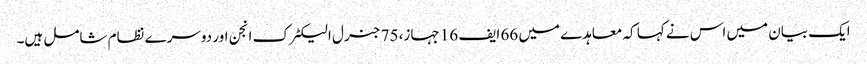
ایک بیان میں اس نے کہا کہ معاہدے میں 66 ایف 16 جہاز، 75 جنرل الیکٹرک انجن اور دوسرے نظام شامل ہیں۔